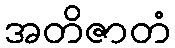
အတိဇာတံ